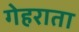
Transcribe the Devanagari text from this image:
गेहराता